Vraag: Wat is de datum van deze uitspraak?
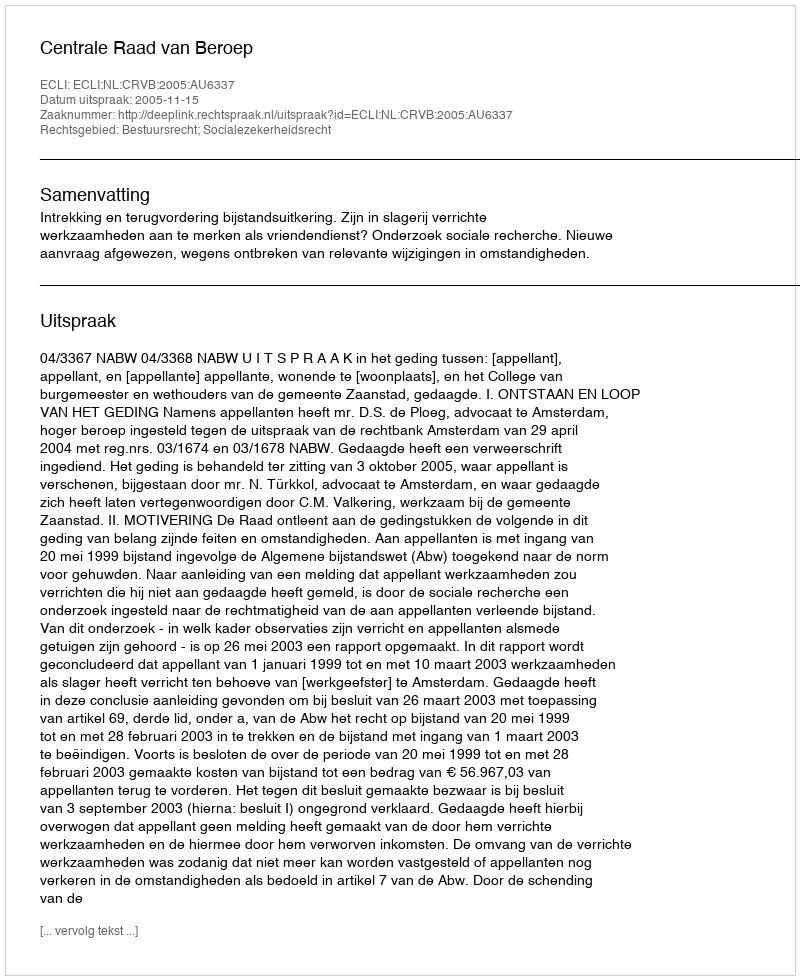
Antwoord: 2005-11-15